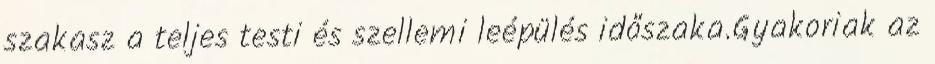
szakasz a teljes testi és szellemi leépülés időszaka.Gyakoriak az